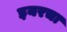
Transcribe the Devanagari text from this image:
इयरचा